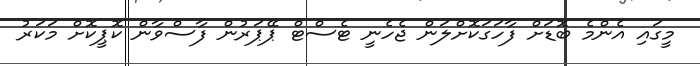
މީގައި އެންމެ ބޮޑަށް ފާހަގަކޮށްލަން ޖެހެނީ ޓެސްޓް ޕޭޕަރުން ފާސްވާން ކޮޕީކޮށް މަކަރު